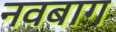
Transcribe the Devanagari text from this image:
नवबाग